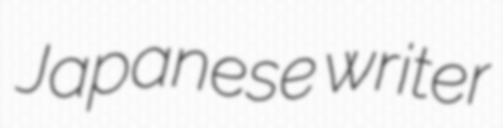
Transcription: Japanese writer